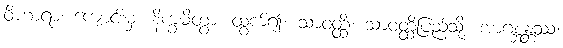
ဝိဟာရာ၊ ကျောင်းမှ။ နိက္ခမိတွာ၊ ထွက်၍။ သာဝတ္ထိံ၊ သာဝတ္ထိပြည်သို့။ အာဂစ္ဆန္တဿ၊